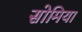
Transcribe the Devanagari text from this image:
सोमिया